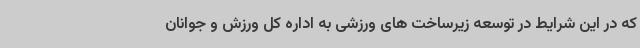
که در این شرایط در توسعه زیرساخت های ورزشی به اداره کل ورزش و جوانان